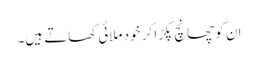
ان کو چھانچ پکڑا کر خود ملائی کھاتے ہیں۔